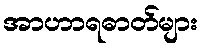
အာဟာရဓာတ်များ